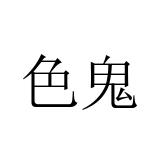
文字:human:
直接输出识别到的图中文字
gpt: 色鬼